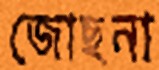
জোছনা